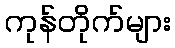
ကုန်တိုက်များ